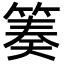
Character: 𥯪